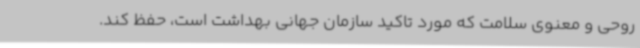
روحی و معنوی سلامت که مورد تاکید سازمان جهانی بهداشت است، حفظ کند.